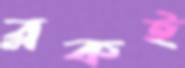
ব্লকই